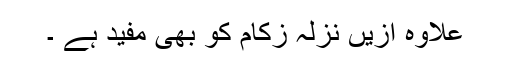
علاوہ ازیں نزلہ زکام کو بھی مفید ہے ۔